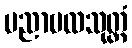
ပညာဗလသုတ္တံ